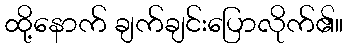
ထို့နောက် ချက်ချင်းပြောလိုက်၏။